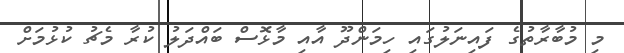
މި މުބާރާތުގެ ފައިނަލުގައި ހިމަންދޫ އާއި މާޅޮސް ބައްދަލު ކުރާ މެޗު ކުޅުމަށް